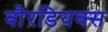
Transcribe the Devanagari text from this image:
बौरडियक्स